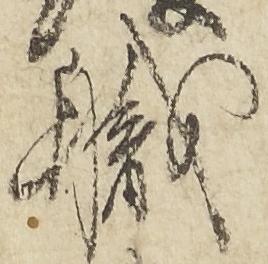
職